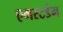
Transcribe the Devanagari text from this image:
एमस्टर्डम